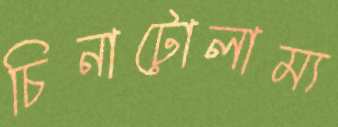
চিনাটোলাম্য